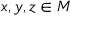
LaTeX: x , y , z \in M